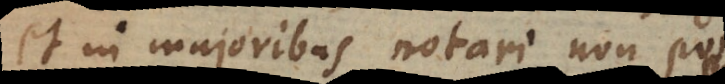
et in majoribus notari non poss